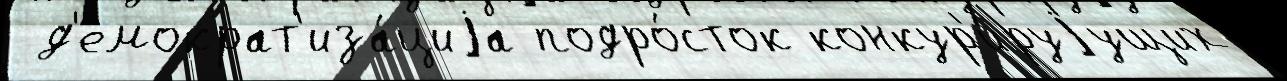
 д'емократ'иза́циjа подро́сток конкур'и́руjущих